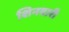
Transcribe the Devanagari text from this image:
शिनवारी